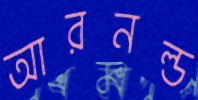
আরনল্ড